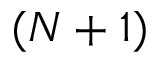
( N + 1 )